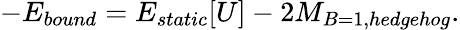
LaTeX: -E_{bound}=E_{static}[U]-2M_{B=1,hedgehog}.